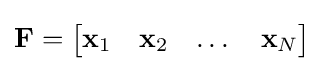
\mathbf {F} ={\begin{bmatrix}\mathbf {x} _{1}&\mathbf {x} _{2}&\dots &\mathbf {x} _{N}\end{bmatrix}}